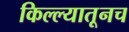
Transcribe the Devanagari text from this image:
किल्ल्यातूनच